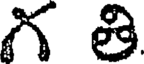
గ తి